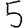
Digit: 5